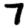
Digit: 7